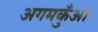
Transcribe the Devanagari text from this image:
अगमकुँआ